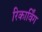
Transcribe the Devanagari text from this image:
रिकार्विंग